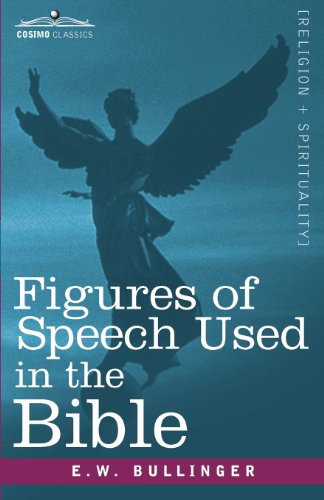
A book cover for Figures of Speech Used in the Bible; E. W. Bullinger; Literature & Fiction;